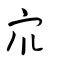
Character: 眾